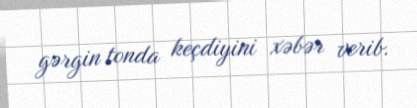
gərgin tonda keçdiyini xəbər verib.